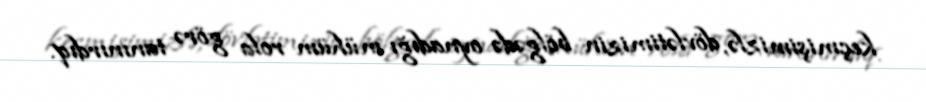
keçmişimizlə, dövlətimizin bölgədə oynadığı mühüm rola görə tanınırdıq.